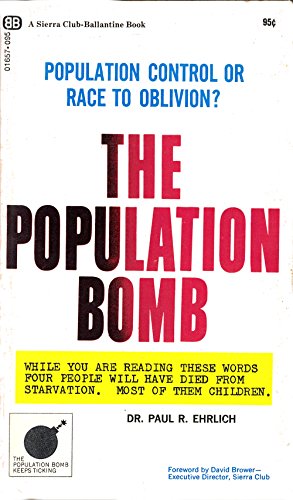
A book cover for The population bomb; Paul R Ehrlich; Politics & Social Sciences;